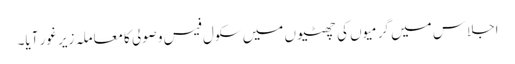
اجلاس میں گرمیوں کی چھٹیوں میں سکول فیس وصولی کامعاملہ زیر غور آیا۔